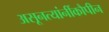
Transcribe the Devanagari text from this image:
असूनत्यांनींकौपीन